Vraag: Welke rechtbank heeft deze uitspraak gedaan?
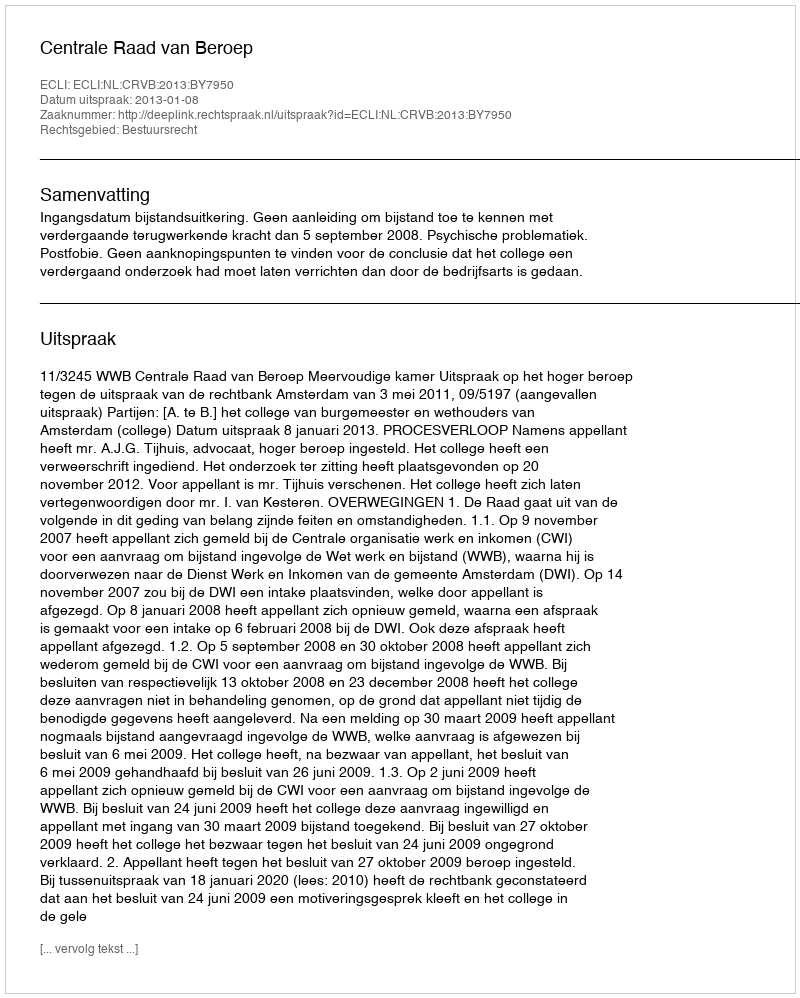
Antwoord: Centrale Raad van Beroep